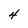
Character: 4